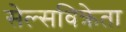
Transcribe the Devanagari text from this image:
सेल्सविक्रेता